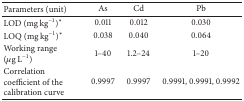
<table><thead><tr><td><b>Parameters (unit)</b></td><td><b>As</b></td><td><b>Cd</b></td><td><b>Pb</b></td></tr></thead><tbody><tr><td>LOD (mg kg<sup>−1</sup>)<sup><i>∗</i></sup></td><td>0.011</td><td>0.012</td><td>0.030</td></tr><tr><td>LOQ (mg kg<sup>−1</sup>)<sup><i>∗</i></sup></td><td>0.038</td><td>0.040</td><td>0.064</td></tr><tr><td>Working range (<i>μ</i>g L<sup>−1</sup>)</td><td>1–40</td><td>1.2–24</td><td>1–20</td></tr><tr><td>Correlation coefficient of the calibration curve</td><td>0.9997</td><td>0.9997</td><td>0.9991, 0.9991, 0.9992</td></tr></tbody></table>